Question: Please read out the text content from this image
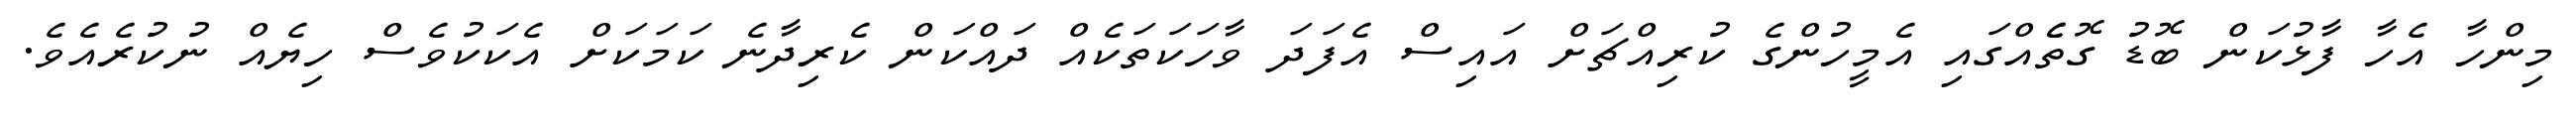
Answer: މިންހާ އެހާ ފާޅުކަން ބޮޑު ގޮތެެއްގައި އެމީހުންގެ ކުރިއްޗަށް އައިސް އެފަދަ ވާހަކަތަކެއް ދައްކަން ކެރިދާނެ ކަމަކަށް އެކަކުވެސް ހިޔެއް ނުކުރެއެވެ.